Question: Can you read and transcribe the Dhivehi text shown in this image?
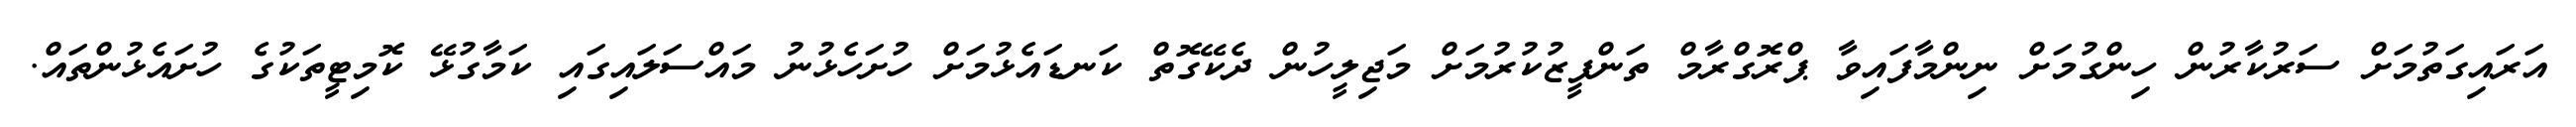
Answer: އަރައިގަތުމަށް ސަރުކާރުން ހިންގުމަށް ނިންމާފައިވާ ޕްރޮގްރާމް ތަންފީޒުކުރުމަށް މަޖިލީހުން ދެކޭގޮތް ކަނޑައެޅުމަށް ހުށަހެޅުނު މައްސަލައިގައި ކަމާގުޅޭ ކޮމިޓީތަކުގެ ހުށައެޅުންތައް.